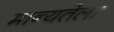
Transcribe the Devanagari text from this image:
मान्यतेला